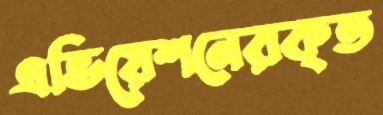
এভিয়েশনেরকৃত